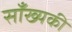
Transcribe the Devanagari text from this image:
साँख्यकी